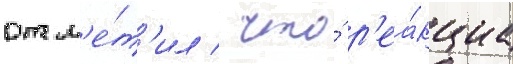
отм'е́т'ил / что́ р'еа́кциа